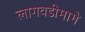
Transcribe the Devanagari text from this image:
लागवडीमागे